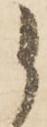
候